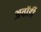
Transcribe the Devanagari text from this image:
अवॉर्डी